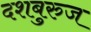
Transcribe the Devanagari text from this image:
दशबुरुज